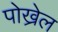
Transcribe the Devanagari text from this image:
पोख्रेल